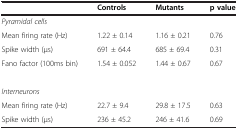
|  | Controls | Mutants | p value |
 | --- | --- | --- | --- |
 | <COLSPAN=4> Pyramidal cells |
 | Mean firing rate (Hz) | 1.22 ± 0.14 | 1.16 ± 0.21 | 0.76 |
 | Spike width (μs) | 691 ± 64.4 | 685 ± 69.4 | 0.31 |
 | Fano factor (100ms bin) | 1.54 ± 0.052 | 1.44 ± 0.67 | 0.67 |
 | <COLSPAN=4>  |
 | <COLSPAN=4> Interneurons |
 | Mean firing rate (Hz) | 22.7 ± 9.4 | 29.8 ± 17.5 | 0.63 |
 | Spike width (μs) | 236 ± 45.2 | 246 ± 41.6 | 0.69 |